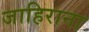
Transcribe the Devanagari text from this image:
जाहिराना